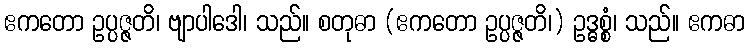
ဧကတော ဥပ္ပဇ္ဇတိ၊ ဗျာပါဒေါ၊ သည်။ စတုဓာ (ဧကတော ဥပ္ပဇ္ဇတိ၊) ဥဒ္ဓစ္စံ၊ သည်။ ဧကဓာ